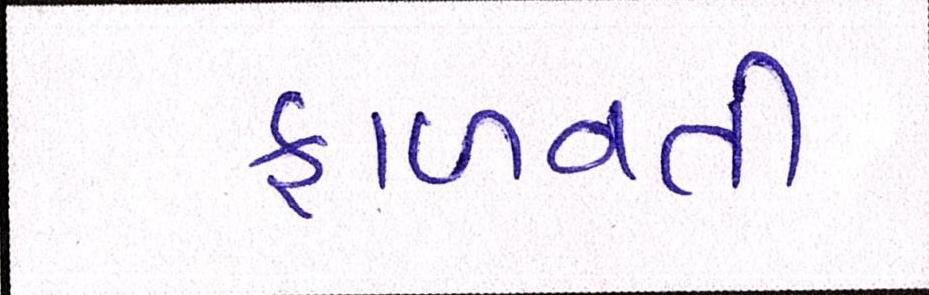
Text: ફાળવતી